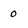
Character: 0